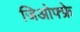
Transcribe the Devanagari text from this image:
जिओफ्फ्रे